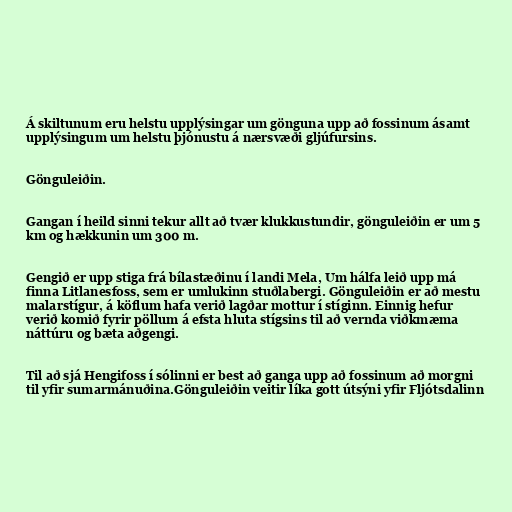
Á skiltunum eru helstu upplýsingar um gönguna upp að fossinum ásamt
upplýsingum um helstu þjónustu á nærsvæði gljúfursins.

Gönguleiðin.

Gangan í heild sinni tekur allt að tvær klukkustundir, gönguleiðin er um 5
km og hækkunin um 300 m.

Gengið er upp stiga frá bílastæðinu í landi Mela, Um hálfa leið upp má
finna Litlanesfoss, sem er umlukinn stuðlabergi. Gönguleiðin er að mestu
malarstígur, á köflum hafa verið lagðar mottur í stíginn. Einnig hefur
verið komið fyrir pöllum á efsta hluta stígsins til að vernda viðkmæma
náttúru og bæta aðgengi.

Til að sjá Hengifoss í sólinni er best að ganga upp að fossinum að morgni
til yfir sumarmánuðina.Gönguleiðin veitir líka gott útsýni yfir Fljótsdalinn